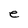
Character: e